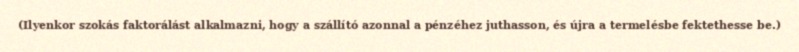
(Ilyenkor szokás faktorálást alkalmazni, hogy a szállító azonnal a pénzéhez juthasson, és újra a termelésbe fektethesse be.)